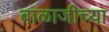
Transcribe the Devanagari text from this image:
बाळाजीच्या